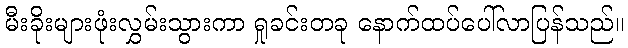
မီးခိုးများဖုံးလွှမ်းသွားကာ ရှုခင်းတခု နောက်ထပ်ပေါ်လာပြန်သည်။